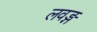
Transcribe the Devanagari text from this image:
लवङ्ग